Report on horse surra - Volume II, Part I
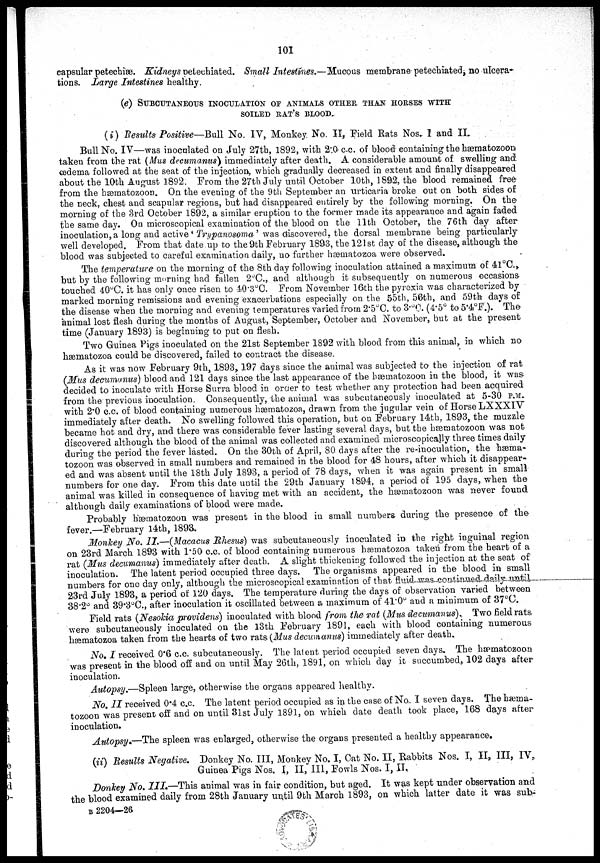
101
capsular petechiæ. Kidneys petechiated. Small Intestines.-Mucous
membrane petechiated, no ulcera-
tions. Large Intestines healthy.
(e) SUBCUTANEOUS I NOCULATI ON OF ANIMALS OTHER THAN HORSES WITH SOILED RAT'S BLOOD.
(i) Results Positive-Bull
No. IV, Monkey No. II, Field Rats Nos. I and II.
Bull No. IV—was inoculated on July 27th, 1892, with 2.0c.c. of blood containing the hæmatozoon
taken from the rat (Mas decumanus) immediately after death. A considerable amount of swelling and
œdema followed at the seat of the injection, which gradually decreased in extent and finally disappeared
about the 10th August 1892. From the 27th July until October 10th, 1892, the blood remained free
from the hæmatozoon. On the evening of the 9th September an urticaria broke out on both sides of
the neck, chest and scapular regions, but had disappeared entirely by the following morning. On the
morning of the 3rd October 1892, a similar eruption to the former made its appearance and again faded
the same day. On microscopical examination of the blood on the 11th October, the 76th day after
inoculation, a long and active 'Trypanosoma' was discovered, the dorsal membrane being particularly
well developed. From that date up to the 9th February 1893, the 121st day of the disease, although the
blood was subjected to careful examination daily, no further hæmatozoa were observed.
The temperature on the morning of the 8th day following inoculation attained a maximum of 41°C.,
but by the following morning had fallen 2°C., and although it subsequently on numerous occasions
touched 40°C. it has only once risen to 40.3°C. From November 16th the pyrexia was characterized by
marked morning remissions and evening exacerbations especially on the 55th, 56th, and 59th days of
the disease when the morning and evening temperatures varied from 2.5°C. to 3.°C. (4.5° to 5.4°F.). The
animal lost flesh during the months of August, September, October and November, but at the present
time (January 1893) is beginning to put on flesh.
Two Guinea Pigs inoculated on the 21st September 1892 with blood from this animal, in which no
hæmatozoa could be discovered, failed to contract the disease.
As it was now February 9th, 1893, 197 days since the animal was subjected to the injection of rat
(Mus decumanus) blood and 121 days since the last appearance of the hæmatozoon in the blood, it was
decided to inoculate with Horse Surra blood in order to test whether any protection had been acquired
from the previous inoculation. Consequently, the animal was subcutaneously inoculated at 5-30 P.M.
with 2.0 c.c. of blood containing numerous hæmatozoa, drawn from the jugular vein of Horse LXXXIV
immediately after death. No swelling followed this operation, but on February 14th, 1893, the muzzle
became hot and dry, and there was considerable fever lasting several days, but the hæmatozoon was not
discovered although the blood of the animal was collected and examined microscopically three times daily
during the period the fever lasted. On the 30th of April, 80 days after the re-inoculation, the hæma-
tozoon was observed in small numbers and remained in the blood for 48 hours, after which it disappear-
ed and was absent until the 18th July 1893, a period of 78 days, when it was again present in small
numbers for one day. From this date until the 29th January 1894, a period of 195 days, when the
animal was killed in consequence of having met with an accident, the hæmatozoon was never found
although daily examinations of blood were made.
Probably hæmatozoon was present in the blood in small numbers during the presence of the
fever.—February 14th, 1893.
Monkey No. II.—(Macacus Rhesus) was subcutaneously inoculated in the right inguinal region
on 23rd March 1893 with 1.50 c.c. of blood containing numerous hæmatozoa taken from the heart of a
rat (Mus decumanus) immediately after death. A slight thickening followed the injection at the seat of
inoculation. The latent period occupied three days. The organisms appeared in the blood in small
numbers for one day only, although the microscopical examination of that fluid was continued daily until
23rd July 1893, a period of 120 days. The temperature during the days of observation varied between
38.2° and 39.3°C., after inoculation it oscillated between a maximum of 41.0° and a minimum of 37°C.
Field rats (Nesokia providens) inoculated with blood from the rat (Mus decumanus).
Two field rats
were subcutaneously inoculated on the 13th February 1891, each with blood containing numerous
hæmatozoa taken from the hearts of two rats (Mus decumanus) immediately after death.
No. I received 0.6 c.c. subcutaneously. The latent period occupied seven days. The hæmatozoon
was present in the blood off and on until May 26th, 1891, on which day it succumbed, 102 days after
inoculation.
Autopsy.—Spleen large, otherwise the organs appeared healthy.
No. II received 0.4 c.c. The latent period occupied as in the case of No. I seven days. The hæma¬
tozoon was present off and on until 31st July 1891, on which date death took place, 168 days after
inoculation.
Autopsy.—The spleen was enlarged, otherwise the organs presented a healthy appearance.
(ii) Results Negative.
Donkey No. III, Monkey No. I, Cat No. II, Rabbits Nos. I, II, III, IV,
Guinea Pigs Nos. I, II, III, Fowls Nos. I, II.
Donkey No. III.—This animal was in fair condition, but aged. It was kept under observation and
the blood examined daily from 28th January until 9th March 1893, on which latter date it was sub¬
B
2204—26